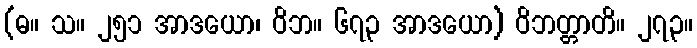
(ဓ။ သ။ ၂၅၁ အာဒယော၊ ဝိဘ။ ၆၇၃ အာဒယော) ဝိဘတ္တာတိ။ ၂၇၃။